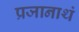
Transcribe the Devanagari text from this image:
प्रजानाथं